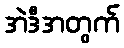
အဲဒီအတွက်